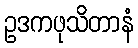
ဥဒကဖုသိတာနံ